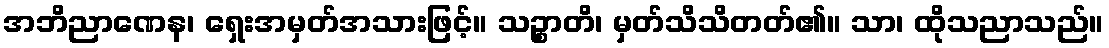
အဘိညာဏေန၊ ရှေးအမှတ်အသားဖြင့်။ သဉ္စာတိ၊ မှတ်သိသိတတ်၏။ သာ၊ ထိုသညာသည်။